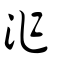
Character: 泎